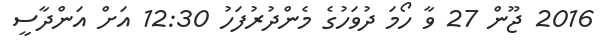
2016 ޖޫން 27 ވާ ހޯމަ ދުވަހުގެ މެންދުރުފަހު 12:30 އަށް އަންދާސީ